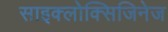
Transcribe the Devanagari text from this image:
साइक्लोक्सिजिनेज